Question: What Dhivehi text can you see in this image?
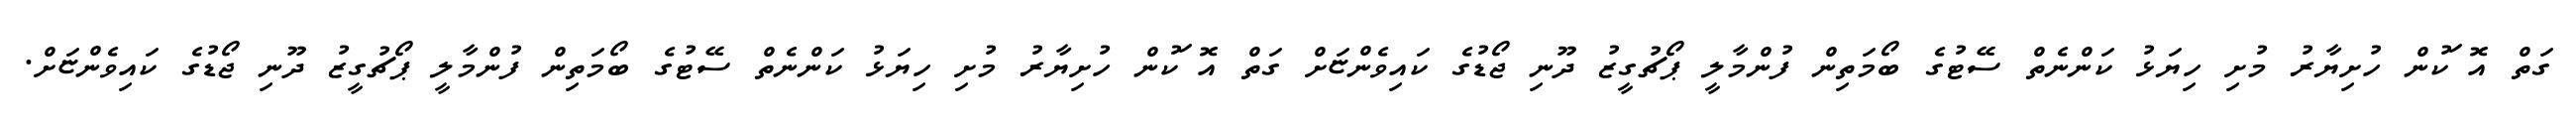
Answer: ގަތް އޮޱަކުން ހުށިޔާރު މުށި ހިޔަޅު ކަންނެތް ސޭޓުގެ ބޯމަތިން ފުންމާލީ ޕޯޗުގީޒު ދޫނި ޖޯޑުގެ ކައިވެންޏަށް ގަތް އޮޱަކުން ހުށިޔާރު މުށި ހިޔަޅު ކަންނެތް ސޭޓުގެ ބޯމަތިން ފުންމާލީ ޕޯޗުގީޒު ދޫނި ޖޯޑުގެ ކައިވެންޏަށް.